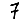
Digit: 7